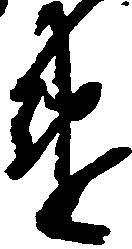
違